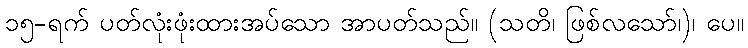
၁၅-ရက် ပတ်လုံးဖုံးထားအပ်သော အာပတ်သည်။ (သတိ၊ ဖြစ်လသော်၊)၊ ပေ။